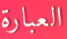
العبارة